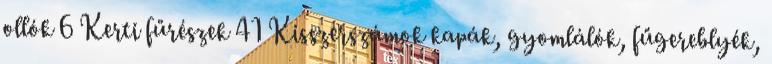
ollók 6 Kerti fűrészek 41 Kisszerszámok kapák, gyomlálók, fűgereblyék,